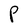
Character: P